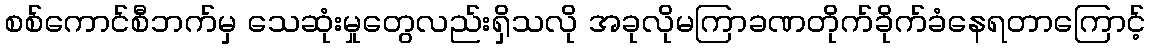
စစ်ကောင်စီဘက်မှ သေဆုံးမှုတွေလည်းရှိသလို အခုလိုမကြာခဏတိုက်ခိုက်ခံနေရတာကြောင့်